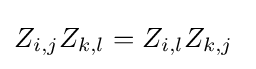
Z_{i,j}Z_{k,l}=Z_{i,l}Z_{k,j}\